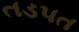
તડપત